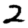
Digit: 2